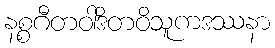
နစ္စဂီတဝါဒိတဝိသူကဒဿနာ